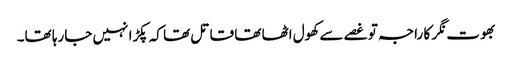
بھوت نگر کا راجہ تو غصے سے کھول اٹھا تھا قاتل تھا کہ پکڑا نہیں جارہا تھا۔